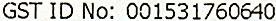
GST ID NO: 001531760640